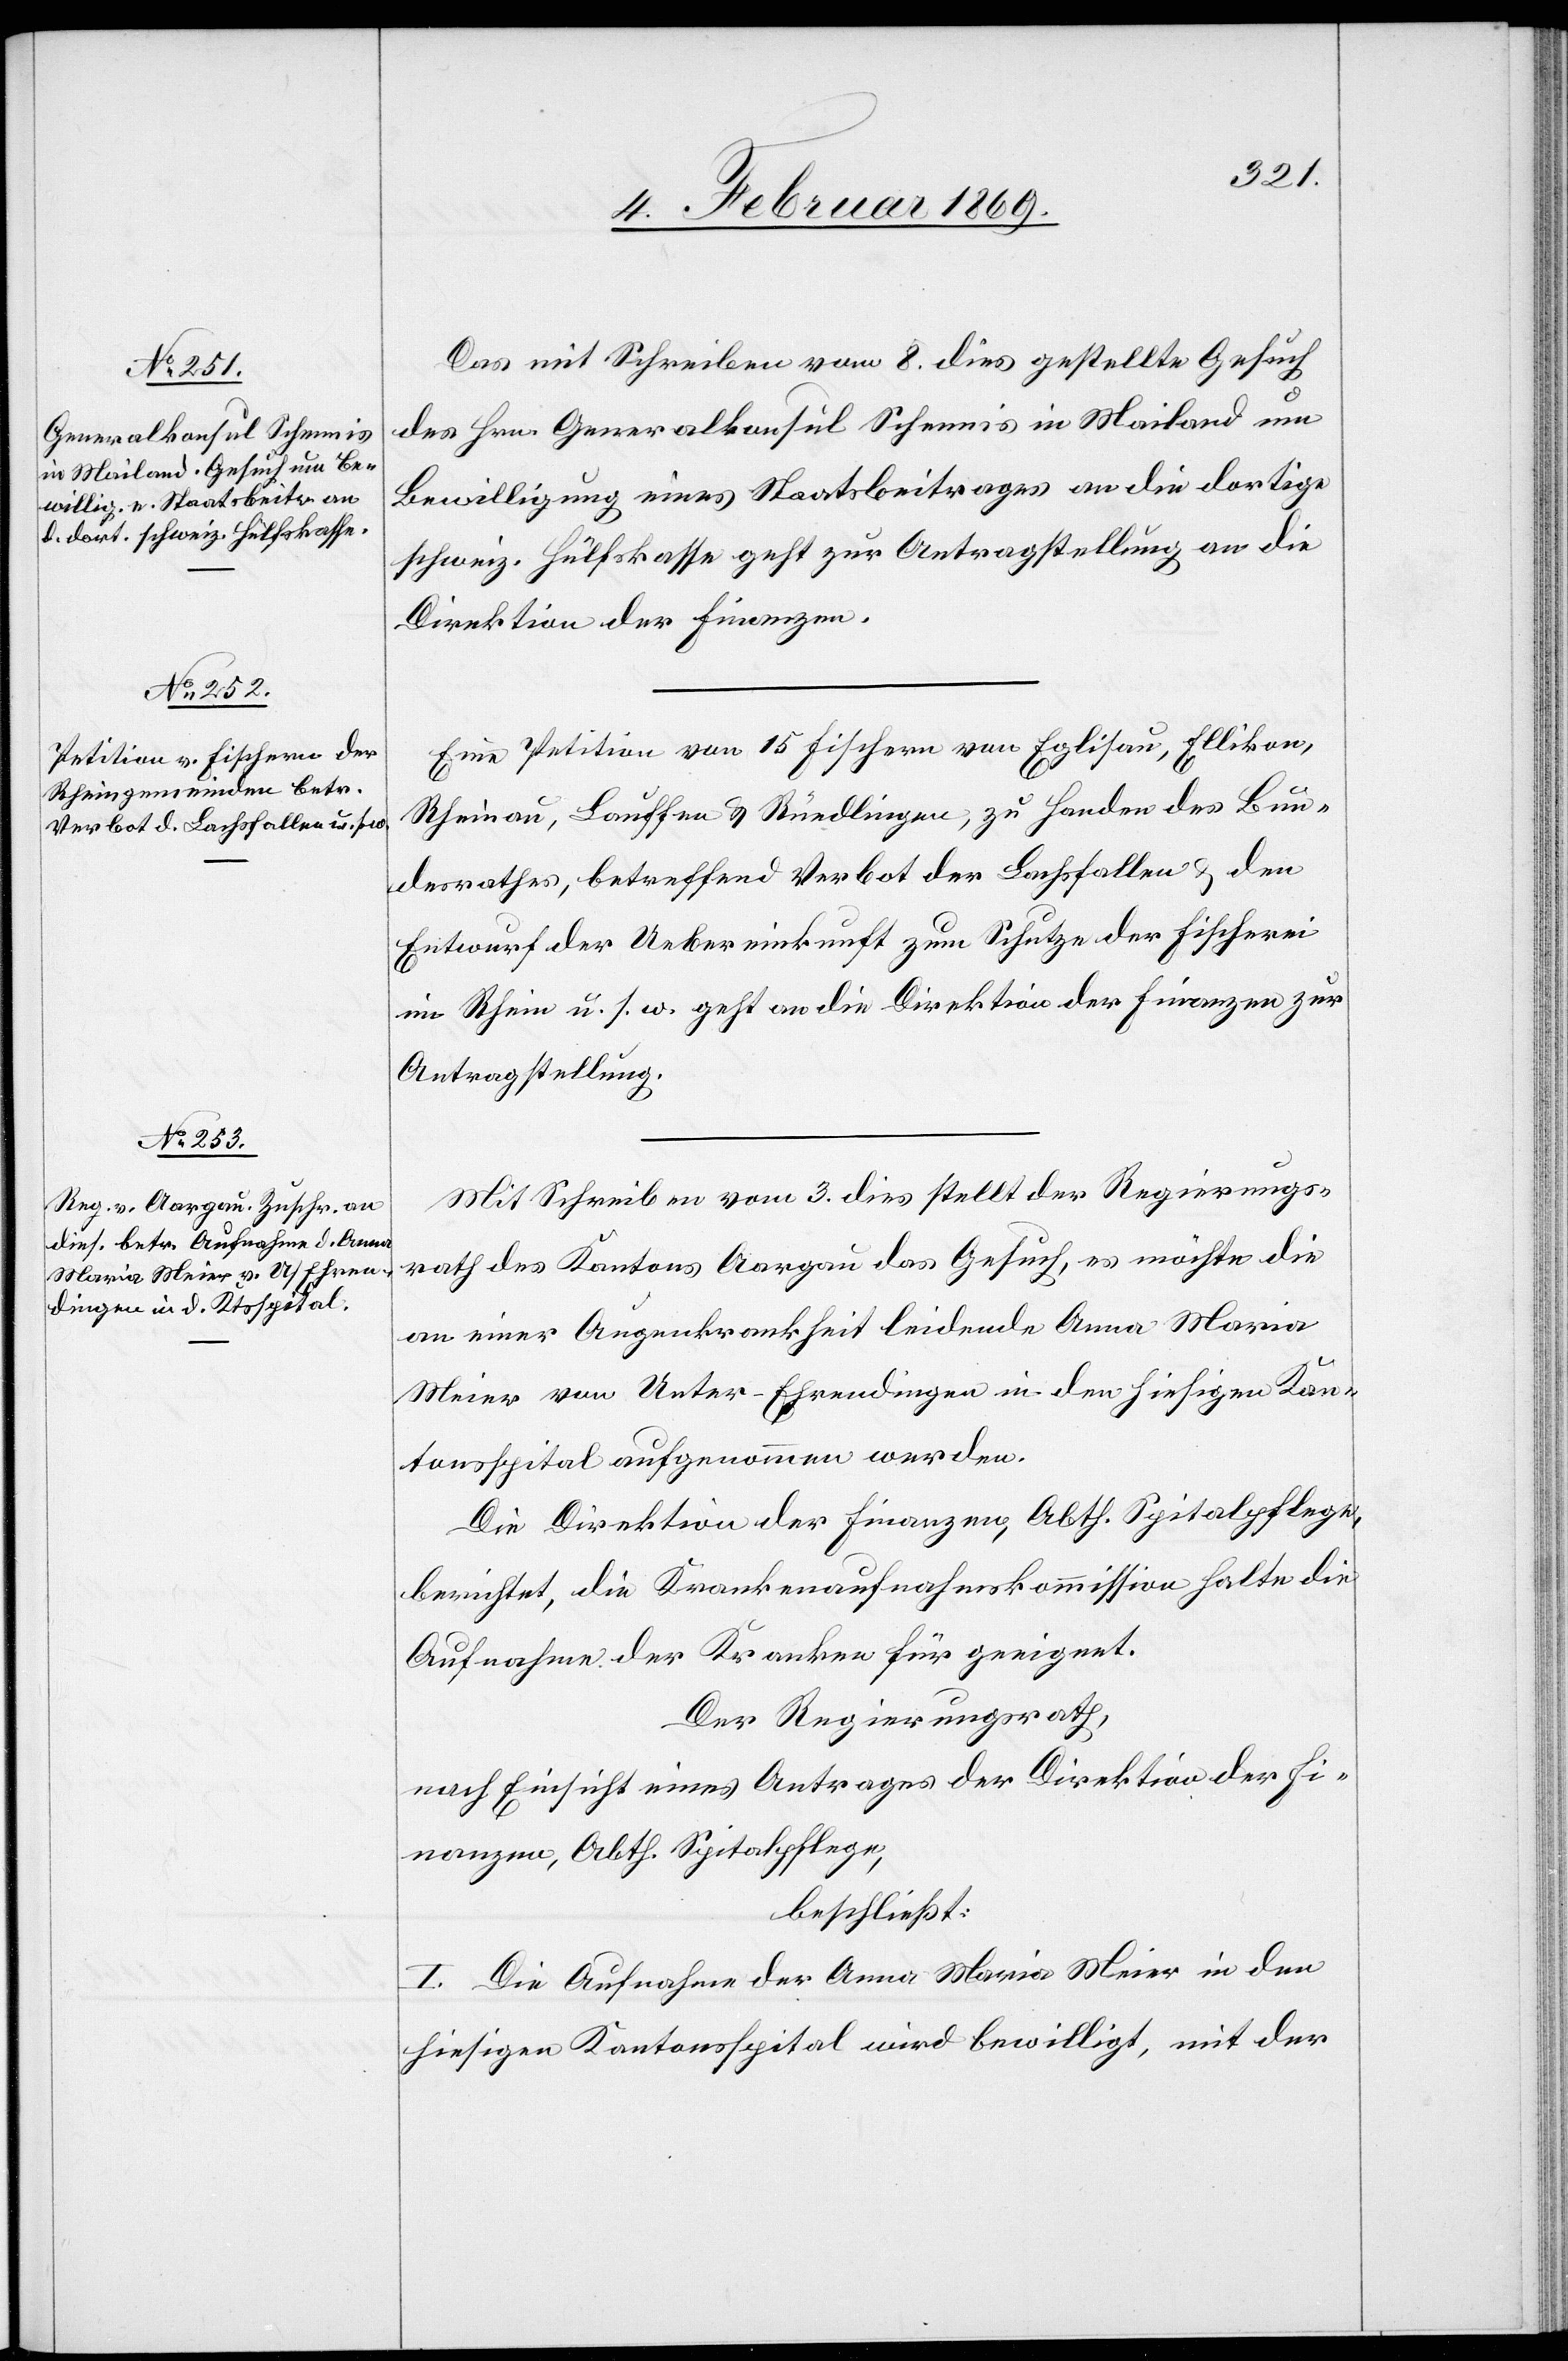
11. Februar 1869.]
Das mit Schreiben vom 8. dies gestellte Gesuch
des Hrn. Generalkonsul Schennis in Mailand um
Bewilligung eines Staatsbeitrages an die dort.
schweiz. Hülfskasse geht zur Antragstellung an die
Direktion der Finanzen.
Eine Petition von 15 Fischern von Eglisau, Ellikon,
Rheinau, Lauffen u. Rüedlingen, zu Handen des Bun¬
desrathes, betreffend Verbot der Lachsfallen, u. den
Entwurf der Uebereinkunft zum Schutze der Fischerei
im Rhein u. s. w. geht an die Direktion der Finanzen zur
Antragstellung.
Mit Schreiben vom 3. dies stellt der Regierungs¬
rath des Kantons Aargau das Gesuch, es möchte die
an einer Augenkrankheit leidende Anna Maria
Meier von Unter-Ehrendingen in den hiesigen Kan¬
tonsspital aufgenommen werden.
Die Direktion der Finanzen, Abth. Spitalpflege,
berichtet, die Krankenaufnahmskommission halte die
Aufnahme der Kranken für geeignet.
Der Regierungsrath,
nach Einsicht eines Antrages der Direktion der Fi¬
nanzen, Abth. Spitalpflege,
beschließt:
I. Die Aufnahme der Anna Maria Meier in den
hiesigen Kantonsspital wird bewilligt, mit der